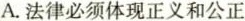
A.法律必须体现正义和公正